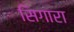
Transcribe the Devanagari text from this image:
सिगारा